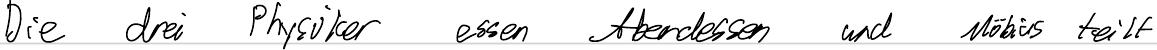
Die drei Physiker essen Abendessen und Möbius teilt